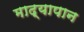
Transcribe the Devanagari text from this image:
माद्यापान